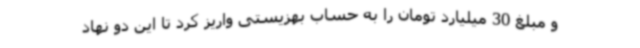
و مبلغ 30 میلیارد تومان را به حساب بهزیستی واریز کرد تا این دو نهاد